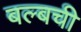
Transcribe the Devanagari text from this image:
बल्बची